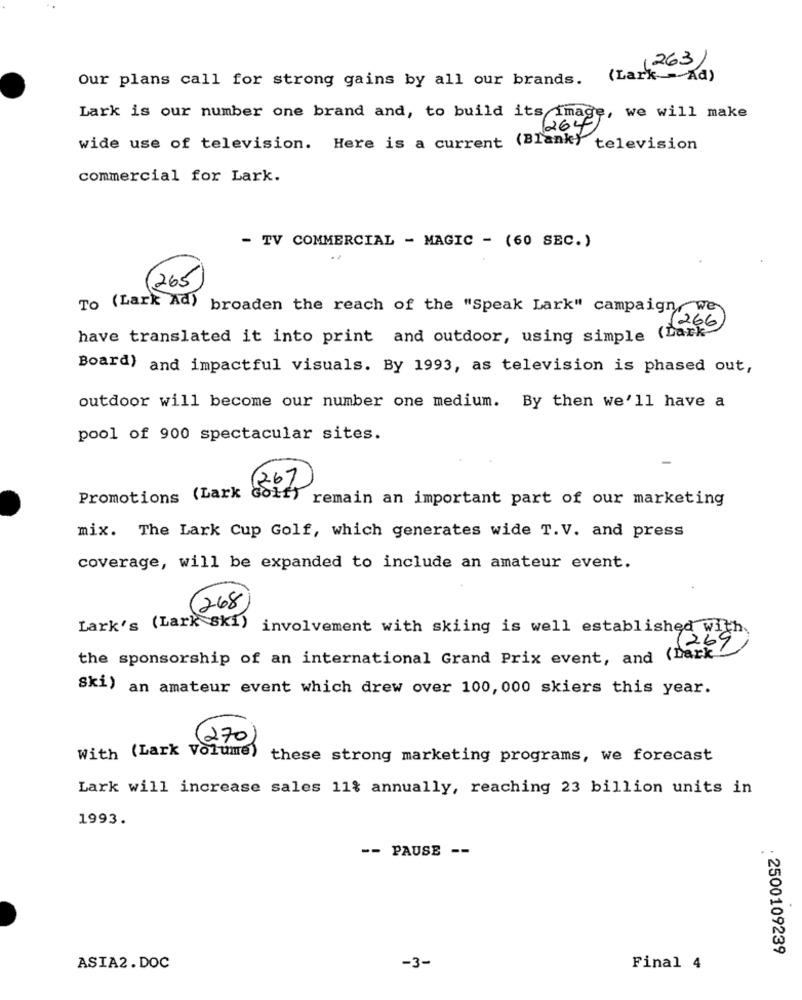
(263)
Our plans call for strong gains by all our brands. (Lark Ad)
Lark is our number one brand and, to build its image, we will make
(264)
wide use of television. Here is a current (Blank) television
commercial for Lark.
- TV COMMERCIAL - MAGIC - (60 SEC.)
265
To (Lark Ad) broaden the reach of the "Speak Lark" campaign, we
1266
have translated it into print and outdoor, using simple (Dark-
Board) and impactful visuals. By 1993, as television is phased out,
outdoor will become our number one medium. By then we'll have a
pool of 900 spectacular sites.
(26)
Promotions (Lark Golf)
remain an important part of our marketing
mix. The Lark Cup Golf, which generates wide T.V. and press
coverage, will be expanded to include an amateur event.
(268
Lark's (Lark ski)
involvement with skiing is well established with
.64
the sponsorship of an international Grand Prix event, and (Dark "
Ski) an amateur event which drew over 100, 000 skiers this year.
(270)
With (Lark Volume)
these strong marketing programs, we forecast
Lark will increase sales 11% annually, reaching 23 billion units in
1993.
-- PAUSE --
: 2500109239
ASIA2. DOC
-3-
Final 4